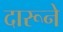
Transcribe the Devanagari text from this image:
दारूने